Indian journal of veterinary science and animal husbandry - Volumes 26-27, 1956-1957
Year: 1956
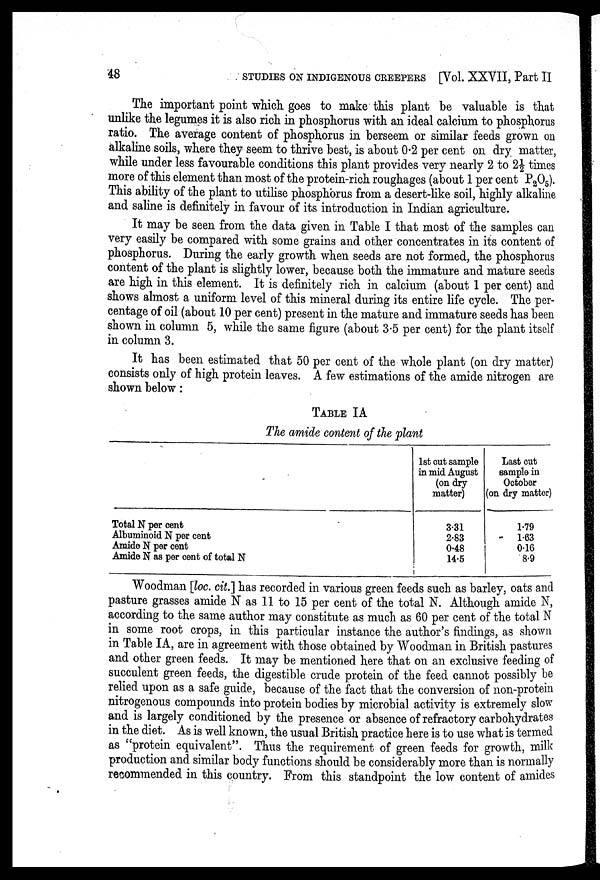
48
STUDIES ON INDIGENOUS CREEPERS [Vol. XXVII, Part II
The important point which goes to make this plant be valuable is that
unlike the legumes it is also rich in phosphorus with an ideal calcium to phosphorus
ratio. The average content of phosphorus in berseem or similar feeds grown on
alkaline soils, where they seem to thrive best, is about 0.2 per cent on dry matter,
while under less favourable conditions this plant provides very nearly 2 to 2½ times
more of this element than most of the protein-rich roughages (about 1 per cent P 2 O 5 ).
This ability of the plant to utilise phosphorus from a desert-like soil, highly alkaline
and saline is definitely in favour of its introduction in Indian agriculture.
It may be seen from the data given in Table I that most of the samples can
very easily be compared with some grains and other concentrates in its content of
phosphorus. During the early growth when seeds are not formed, the phosphorus
content of the plant is slightly lower, because both the immature and mature seeds
are high in this element. It is definitely rich in calcium (about 1 per cent) and
shows almost a uniform level of this mineral during its entire life cycle. The per-
centage of oil (about 10 per cent) present in the mature and immature seeds has been
shown in column 5, while the same figure (about 3.5 per cent) for the plant itself
in column 3.
It has been estimated that 50 per cent of the whole plant (on dry matter)
consists only of high protein leaves. A few estimations of the amide nitrogen are
shown below:
TABLE IA
The amide content of the plant
Total N per cent)
Albuminoid N per cent
Amide N per cent
Amide N as per cent of total N
1st cut sample
in mid August
(on dry
matter)
3.31
2.83
0.48
14.5
Last cut
sample in
October
(on dry matter)
1.79
1.63
0.16
8.9
Woodman [loc. cit.] has recorded in various green feeds such as barley, oats and
pasture grasses amide N as 11 to 15 per cent of the total N. Although amide N,
according to the same author may constitute as much as 60 per cent of the total N
in some root crops, in this particular instance the author's findings, as shown
in Table IA, are in agreement with those obtained by Woodman in British pastures
and other green feeds. It may be mentioned here that on an exclusive feeding of
succulent green feeds, the digestible crude protein of the feed cannot possibly be
relied upon as a safe guide, because of the fact that the conversion of non-protein
nitrogenous compounds into protein bodies by microbial activity is extremely slow
and is largely conditioned by the presence or absence of refractory carbohydrates
in the diet. As is well known, the usual British practice here is to use what is termed
as "protein equivalent". Thus the requirement of green feeds for growth, milk
production and similar body functions should be considerably more than is normally
recommended in this country. From this standpoint the low content of amides